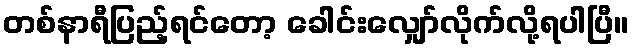
တစ်နာရီပြည့်ရင်တော့ ခေါင်းလျှော်လိုက်လို့ရပါပြီ။